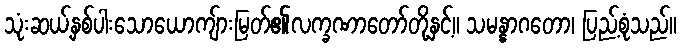
သုံးဆယ့်နှစ်ပါးသောယောကျ်ားမြတ်၏လက္ခဏာတော်တို့နှင့်။ သမန္နာဂတော၊ ပြည့်စုံသည်။